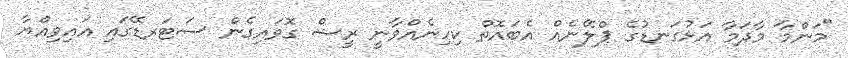
"މަންމާ މާދަމާ އަޅުގަނޑުގެ ޕްލޭނެއް އެބައޮތް ކިހިނެއްވާނީ ރީޝް ގޮވައިގެން ސަޓަރޑޭގައި އައިވިއްޔާ